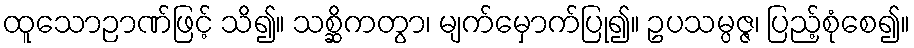
ထူသောဉာဏ်ဖြင့် သိ၍။ သစ္ဆိကတွာ၊ မျက်မှောက်ပြု၍။ ဥပသမ္ပဇ္ဇ၊ ပြည့်စုံစေ၍။